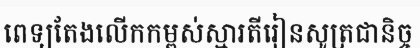
ពេទ្យតែងលើកកម្ពស់ស្មារតីរៀនសូត្រជានិច្ច